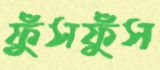
ফুঁসফুঁস